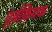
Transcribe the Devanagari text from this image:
पूर्वक्रियक